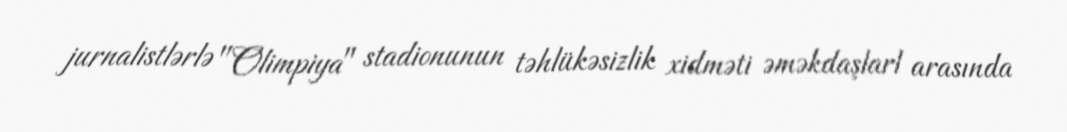
jurnalistlərlə "Olimpiya" stadionunun təhlükəsizlik xidməti əməkdaşlarl arasında